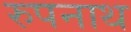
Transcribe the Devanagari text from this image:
रुपनाथ